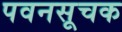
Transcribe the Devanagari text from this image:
पवनसूचक